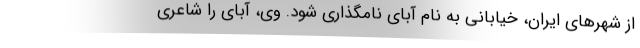
از شهرهای ایران، خیابانی به نام آبای نامگذاری شود. وی، آبای را شاعری